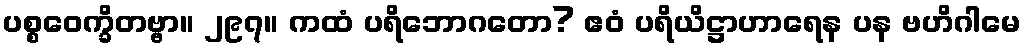
ပစ္စဝေက္ခိတဗ္ဗာ။ ၂၉၇။ ကထံ ပရိဘောဂတော? ဧဝံ ပရိယိဋ္ဌာဟာရေန ပန ဗဟိဂါမေ